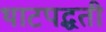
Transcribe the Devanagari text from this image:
थाटपद्धती